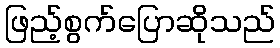
ဖြည့်စွက်ပြောဆိုသည်